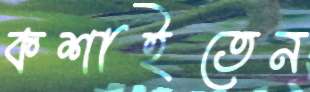
কশাইতেন